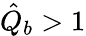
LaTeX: \hat{Q}_{b}>1